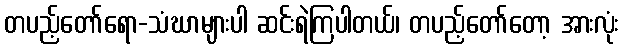
တပည့်တော်ရော-သံဃာများပါ ဆင်းရဲကြပါတယ်၊ တပည့်တော်တော့ အားလုံး